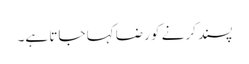
پسند کرنے کو رضا کہا جاتا ہے۔